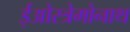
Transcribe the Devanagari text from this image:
ईओस्त्रेमोनाथ